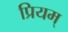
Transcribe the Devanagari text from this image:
प्रियम्‌